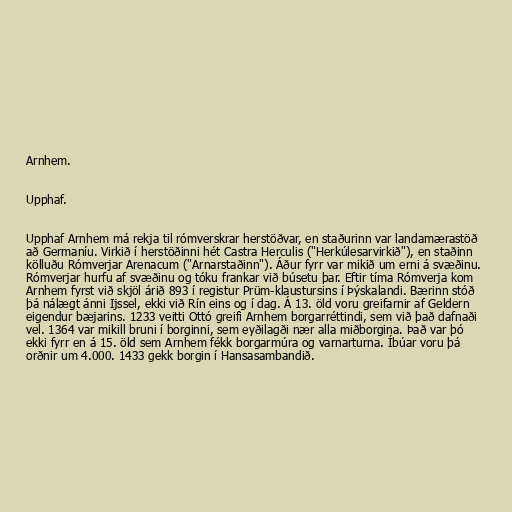
Arnhem.

Upphaf.

Upphaf Arnhem má rekja til rómverskrar herstöðvar, en staðurinn var landamærastöð
að Germaníu. Virkið í herstöðinni hét Castra Herculis ("Herkúlesarvirkið"), en staðinn
kölluðu Rómverjar Arenacum ("Arnarstaðinn"). Áður fyrr var mikið um erni á svæðinu.
Rómverjar hurfu af svæðinu og tóku frankar við búsetu þar. Eftir tíma Rómverja kom
Arnhem fyrst við skjöl árið 893 í registur Prüm-klaustursins í Þýskalandi. Bærinn stóð
þá nálægt ánni Ijssel, ekki við Rín eins og í dag. Á 13. öld voru greifarnir af Geldern
eigendur bæjarins. 1233 veitti Ottó greifi Arnhem borgarréttindi, sem við það dafnaði
vel. 1364 var mikill bruni í borginni, sem eyðilagði nær alla miðborgina. Það var þó
ekki fyrr en á 15. öld sem Arnhem fékk borgarmúra og varnarturna. Íbúar voru þá
orðnir um 4.000. 1433 gekk borgin í Hansasambandið.